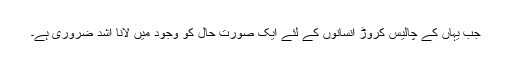
جب یہاں کے چالیس کروڑ انسانوں کے لئے ایک صورت حال کو وجود میں لانا اشد ضروری ہے۔